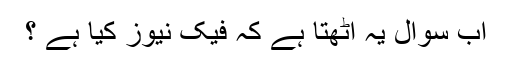
اب سوال یہ اٹھتا ہے کہ فیک نیوز کیا ہے ؟